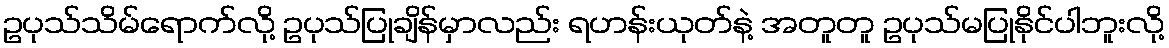
ဥပုသ်သိမ်ရောက်လို့ ဥပုသ်ပြုချိန်မှာလည်း ရဟန်းယုတ်နဲ့ အတူတူ ဥပုသ်မပြုနိုင်ပါဘူးလို့